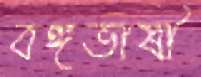
বঙ্গভাষী